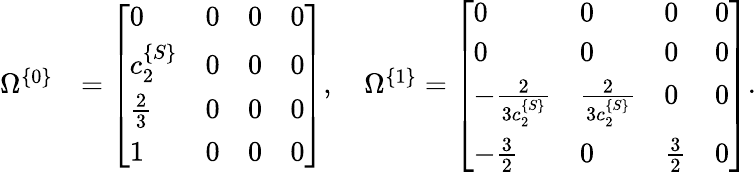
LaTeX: \begin{array}{rl}{\Omega^{\{ 0\} }}&{=\left[\begin{array}{llll}{0}&{0}&{0}&{0}\\ {c_{2}^{\{ S\} }}&{0}&{0}&{0}\\ {\frac{2}{3}}&{0}&{0}&{0}\\ {1}&{0}&{0}&{0}\end{array}\right],\quad\Omega^{\{ 1\} }=\left[\begin{array}{llll}{0}&{0}&{0}&{0}\\ {0}&{0}&{0}&{0}\\ {-\frac{2}{3c_{2}^{\{ S\} }}}&{\frac{2}{3c_{2}^{\{ S\} }}}&{0}&{0}\\ {-\frac{3}{2}}&{0}&{\frac{3}{2}}&{0}\end{array}\right].}\end{array}